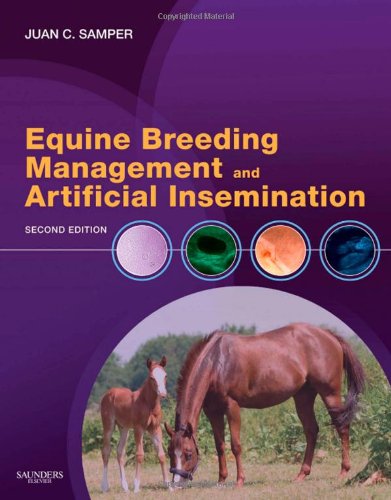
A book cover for Equine Breeding Management and Artificial Insemination, 2e; Juan C. Samper DVM  MSc  PhD  DiplACT; Medical Books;